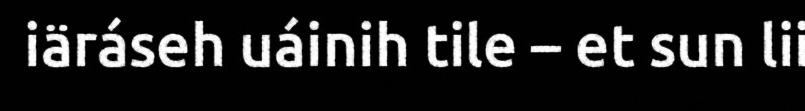
iäráseh uáinih tile – et sun lii